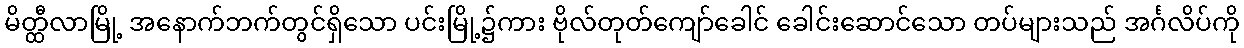
မိတ္ထီလာမြို့ အနောက်ဘက်တွင်ရှိသော ပင်းမြို့၌ကား ဗိုလ်တုတ်ကျော်ခေါင် ခေါင်းဆောင်သော တပ်များသည် အင်္ဂလိပ်ကို